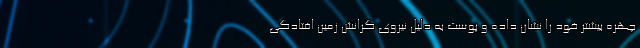
چهره بیشتر خود را نشان داده و پوست به دلیل نیروی گرانش زمین افتادگی